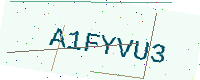
Text: A1FYVU3